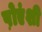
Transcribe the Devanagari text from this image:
प़ोएंशी